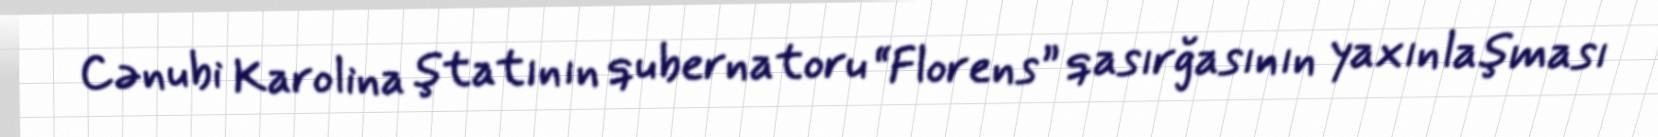
Cənubi Karolina ştatının qubernatoru “Florens” qasırğasının yaxınlaşması